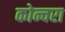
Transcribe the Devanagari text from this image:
कोन्चरा